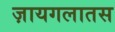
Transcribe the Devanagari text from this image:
ज़ायगलातस